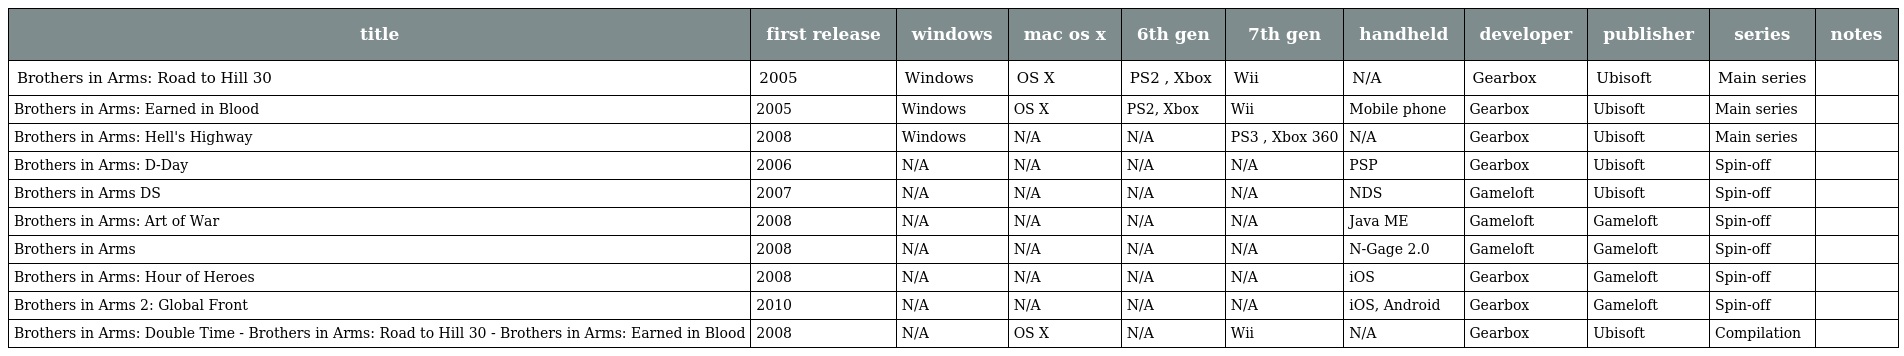
| title | first release | windows | mac os x | 6th gen | 7th gen | handheld | developer | publisher | series | notes |
 | --- | --- | --- | --- | --- | --- | --- | --- | --- | --- | --- |
 | Brothers in Arms: Road to Hill 30 | 2005 | Windows | OS X | PS2 , Xbox | Wii | N/A | Gearbox | Ubisoft | Main series |  |
 | Brothers in Arms: Earned in Blood | 2005 | Windows | OS X | PS2, Xbox | Wii | Mobile phone | Gearbox | Ubisoft | Main series |  |
 | Brothers in Arms: Hell's Highway | 2008 | Windows | N/A | N/A | PS3 , Xbox 360 | N/A | Gearbox | Ubisoft | Main series |  |
 | Brothers in Arms: D-Day | 2006 | N/A | N/A | N/A | N/A | PSP | Gearbox | Ubisoft | Spin-off |  |
 | Brothers in Arms DS | 2007 | N/A | N/A | N/A | N/A | NDS | Gameloft | Ubisoft | Spin-off |  |
 | Brothers in Arms: Art of War | 2008 | N/A | N/A | N/A | N/A | Java ME | Gameloft | Gameloft | Spin-off |  |
 | Brothers in Arms | 2008 | N/A | N/A | N/A | N/A | N-Gage 2.0 | Gameloft | Gameloft | Spin-off |  |
 | Brothers in Arms: Hour of Heroes | 2008 | N/A | N/A | N/A | N/A | iOS | Gearbox | Gameloft | Spin-off |  |
 | Brothers in Arms 2: Global Front | 2010 | N/A | N/A | N/A | N/A | iOS, Android | Gearbox | Gameloft | Spin-off |  |
 | Brothers in Arms: Double Time - Brothers in Arms: Road to Hill 30 - Brothers in Arms: Earned in Blood | 2008 | N/A | OS X | N/A | Wii | N/A | Gearbox | Ubisoft | Compilation |  |